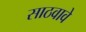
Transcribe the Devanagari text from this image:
साठवावे